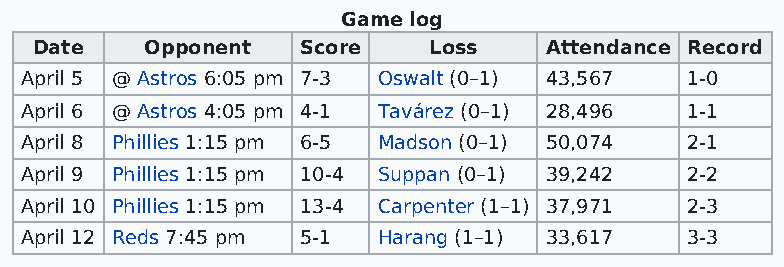
Game log
 Date    Opponent  Score   Loss    Attendance Record
 April 5 @ Astros 6:05 pm 7-3 Oswalt (0–1) 43,567 1-0
 April 6 @ Astros 4:05 pm 4-1 Tavárez (0–1) 28,496 1-1
 April 8 Phillies 1:15 pm 6-5 Madson (0–1) 50,074 2-1
 April 9 Phillies 1:15 pm 10-4 Suppan (0–1) 39,242 2-2
 April 10 Phillies 1:15 pm 13-4 Carpenter (1–1) 37,971 2-3
 April 12 Reds 7:45 pm 5-1 Harang (1–1) 33,617 3-3